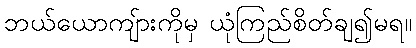
ဘယ်ယောကျ်ားကိုမှ ယုံကြည်စိတ်ချ၍မရ။